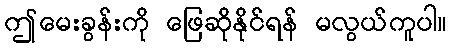
ဤမေးခွန်းကို ဖြေဆိုနိုင်ရန် မလွယ်ကူပါ။